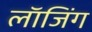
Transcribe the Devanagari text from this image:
लाॅजिंग